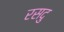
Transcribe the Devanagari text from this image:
रसदु